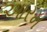
આરમ